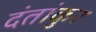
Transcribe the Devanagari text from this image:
दंतांकुर